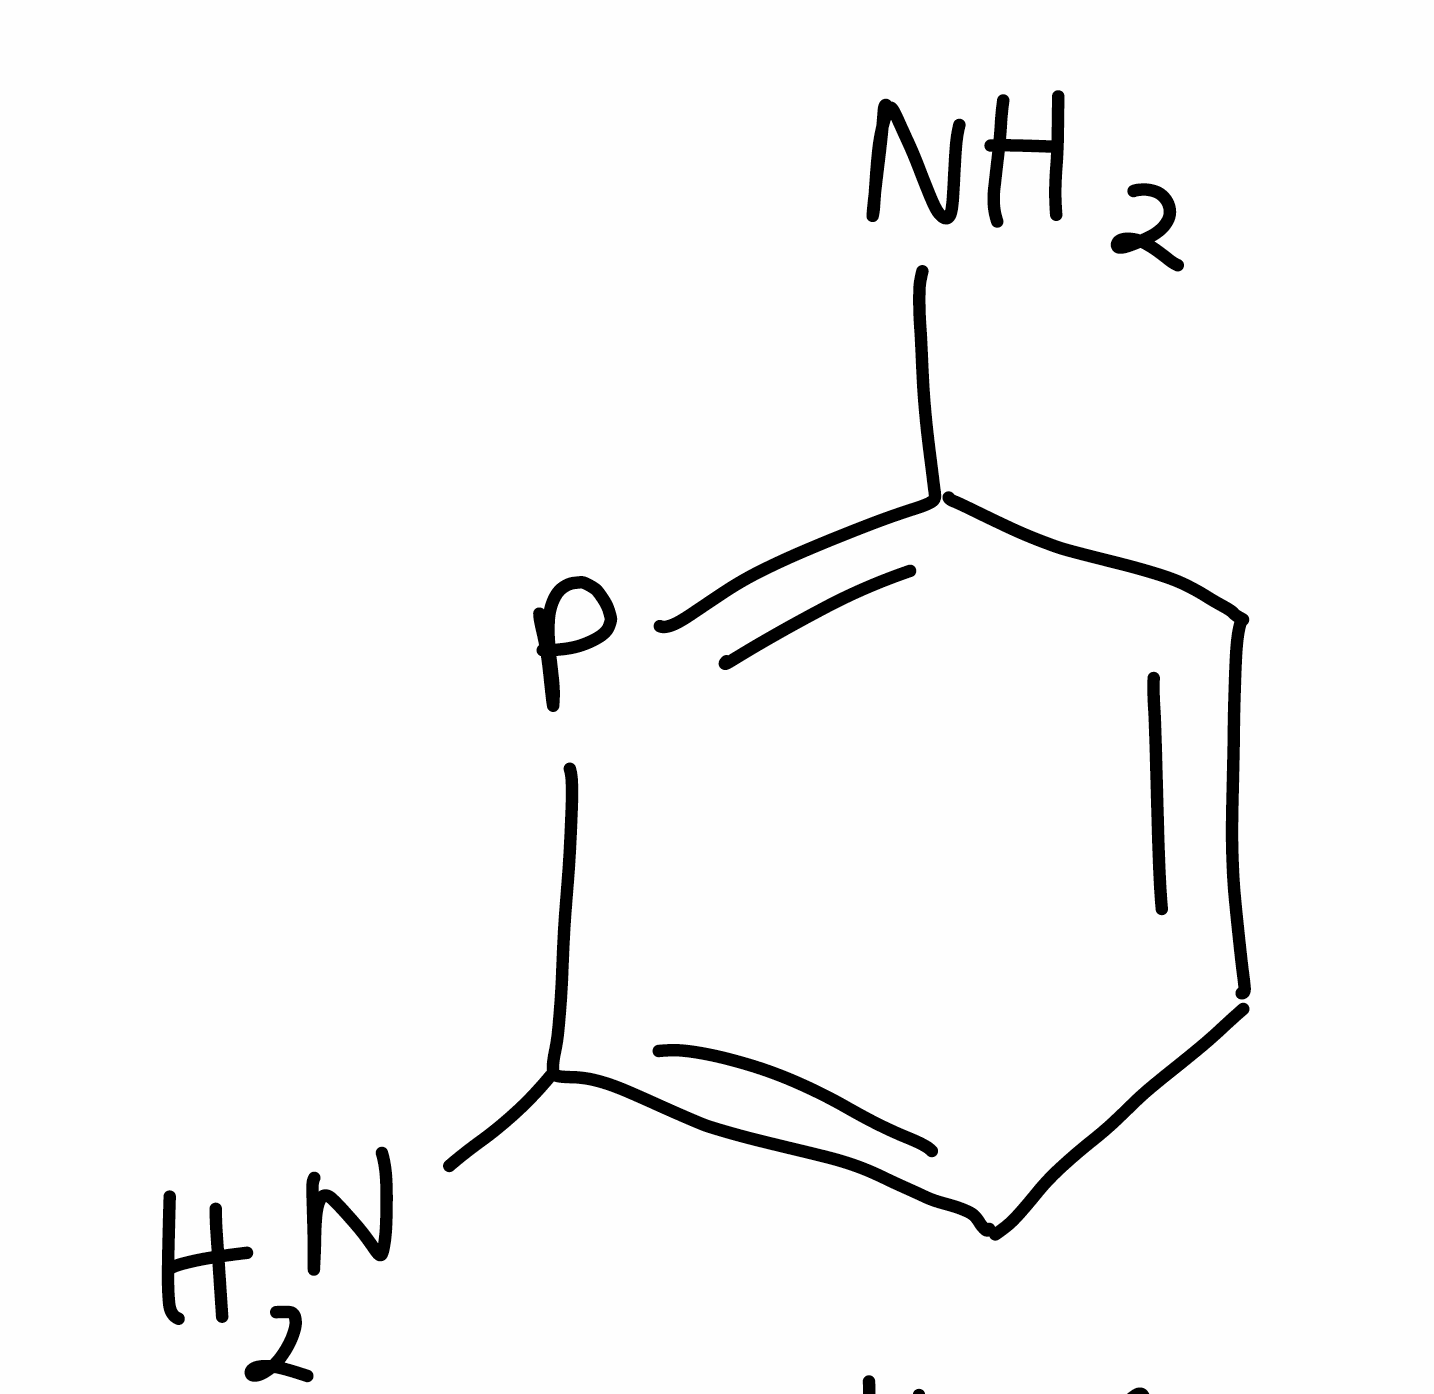
Simplified molecular-input line-entry system (SMILES) notation of the given molecule:
C1=CC(=PC(=C1)N)N